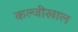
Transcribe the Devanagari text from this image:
कल्जीखाल